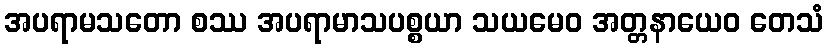
အပရာမသတော စဿ အပရာမာသပစ္စယာ သယမေဝ အတ္တနာယေဝ တေသံ